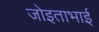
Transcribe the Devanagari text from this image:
जोइताभाई